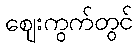
ဈေးကွက်တွင်